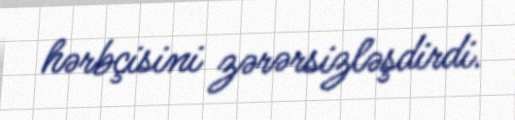
hərbçisini zərərsizləşdirdi.